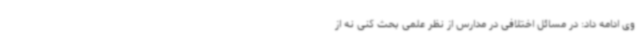
وی ادامه داد: در مسائل اختلافی در مدارس از نظر علمی بحث کنی نه از